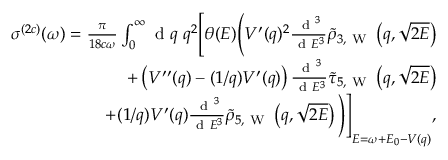
\begin{array} { r } { \sigma ^ { ( 2 c ) } ( \omega ) = \frac { \pi } { 1 8 c \omega } \int _ { 0 } ^ { \infty } \ensuremath { \mathrm { ~ d ~ } } q \; q ^ { 2 } \Biggl [ \theta ( E ) \Biggl ( V ^ { \prime } ( q ) ^ { 2 } \frac { \ensuremath { \mathrm { ~ d ~ } } ^ { 3 } } { \ensuremath { \mathrm { ~ d ~ } } E ^ { 3 } } \tilde { \rho } _ { 3 , \mathrm { ~ W ~ } } \left( q , \sqrt { 2 E } \right) } \\ { + \left( V ^ { \prime \prime } ( q ) - ( 1 / q ) V ^ { \prime } ( q ) \right) \frac { \ensuremath { \mathrm { ~ d ~ } } ^ { 3 } } { \ensuremath { \mathrm { ~ d ~ } } E ^ { 3 } } \tilde { \tau } _ { 5 , \mathrm { ~ W ~ } } \left( q , \sqrt { 2 E } \right) } \\ { + ( 1 / q ) V ^ { \prime } ( q ) \frac { \ensuremath { \mathrm { ~ d ~ } } ^ { 3 } } { \ensuremath { \mathrm { ~ d ~ } } E ^ { 3 } } \tilde { \rho } _ { 5 , \mathrm { ~ W ~ } } \left( q , \sqrt { 2 E } \right) \Biggl ) \Biggl ] _ { E = \omega + E _ { 0 } - V ( q ) } , } \end{array}